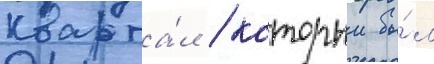
кварта́л / которыи бы́л